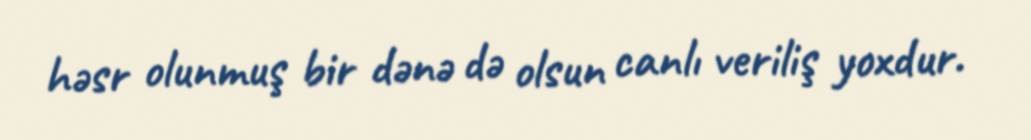
həsr olunmuş bir dənə də olsun canlı veriliş yoxdur.